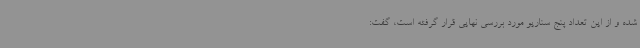
شده و از این تعداد پنج سناریو مورد بررسی نهایی قرار گرفته است، گفت: